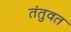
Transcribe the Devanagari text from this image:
तंतुवत